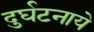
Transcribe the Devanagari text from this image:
दुर्घटनाये